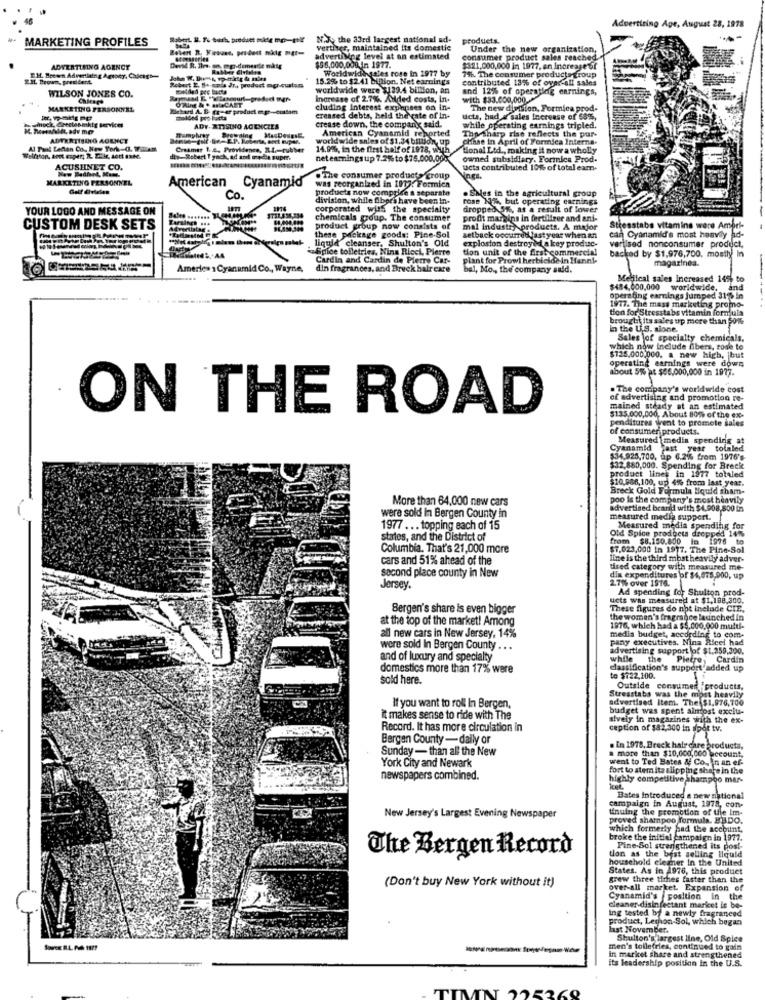
Advertising Age, August 28, 1978
# MARKETING PROFILES
N.J. the 33rd largest national ad-
products.
vertier, maintained its domestic
Under the new organization,
advertising level at an estimated
consumer product sales reached
ADVERTISING AGENCY
$5 5,000,000 In 1977.
Worldwide sales rose in 1977 by
$321,000,000 in 1977, en Inoreage 6f
E.IL Brown, president.
E.H. Brewen Advertising Agtony, Cadens'-
15.2% to $2.41 billion. Net earnings
7%. The consumer products group
contributed 13% of ovne-all sales
WILSON JONES CO.
worldwide were $139.4 billion, an
and 12% of operating earnings,
Increase of 2.7%. Alded costs, in.
with $33.000,000
MARKETING PERSONNEL
Richard A. B. fr-er product @ pr -- cuttam
cluding Interest exphases on in-
The new division, Formica prod-
creased debts, held the rate of In-
crease down, the company said.
ucts, had a sales increase of 68%,
inoch, @rectosmkig services
ADY. RTISING ACENCZES
American Cyanamid reported
Tho sharp rise reflects the pur-
while operating earnings tripled.
ADVERTISING AGENCY
worldwide sales of $1,34 billion, up
chise in April of Formica Interna-
Al Pal Letton Co ., New York-G. ViAM
Creamer 1. 2. Providence, ILL .- rubber
14.01%, in the first half of 1978, with
tional Ltd ., making it now a wholly
die-Robert I yach, ad and gredie super.
net earnings up 7.2%% to $75,000,00g
owned subsidiary. Formica Prod-
ACUSHNET CO.
ucts contributed 10% of total eam-
MARKETING PERSONNEL
American
Cyanamid
.The consumer products group
nez.
Golf Evieles
was reorganized in 1077: Formica
products now compplee a separate
. Shes in the agricultural group
Co.
division, while fibers have been in-
rose 1%, but operating earnings
YOUR LOGO AND MESSAGE ON
corporated with the specialty
dropped 5%, as a result of lower
chemicals group. The consumer
profit margins in fertilizer and ant-
CUSTOM DESK SETS
product group now consists of
mal industry products. A major
Stresstabs vitamins were Ambri-
these package goods: Pine-Sol
liquid cleanser, Shulton's Old
explosion destroyed a key produc-
setback oocurti last year when an
can Cyanamid's most heavily ad-
vartised nonconsumer product,
Spice toiletries, Nina Ricci, Pierre
tion unit of the firstcommercial
backed by $1,976,700, mostly In
Cardin and Cardin de Pierro Car-
plant for Prowl herbicida in Hanni-
magazines.
America 1 Cyanamid Co ., Wayne,
din fragrances, and Bruck hair care
bal, Mo ., the company sald.
Meliical sales Increased 145 to
$484,000,000 worldwide, and
operating earnings jumped 31% in
tion for Stresstabs vitamin formula
1917. The mass marketing promo-
brought its sales up more than 50%
in the U.S. sione.
Sales jof specialty chemicals.
which now include fibers, rose to
$125,000,000, a new high, but
operating earnings were down
about 5% at $56,000,000 in 1977.
. The company's worldwide cost
of advertising and promotion re-
ON THE ROAD
mained steady at an estimated
penditures went to promote sales
$135,000,000, About 80% of the ex-
of consumer products.
Measured media spending at
Cyanamid last year totaled
$34.925,700, up 6.2% from 1976's-
$32,880,000. Spending for Breck
product lines in 1977 totaled
$10,886,100, up) 4% from last year.
Breck Gold Formula Iquid sham-
More than 64,000 new cars
poo is the company's most heavily
were sold In Bergen County in
advertised brand with $4.908,800 in
measured media support.
1977 ... topping each of 15
Old Spice products dropped 14%
Measured media spending for
states, and the District of
from $8.150.800 In 1976 to
Columbia. That's 21,000 more
$7.023,000 In 1977. The Pine-Sol
cars and 51% ahead of the
line is the third most heavily ad ver-
tised category with measured me-
second place county in New
2.7% over 1976.
din expenditures of $4,975,000, up
Jersey.
Ad spending for Shulton prod-
ucts was measured at $1,188,300.
Bergen's share is even bigger
These figures do not include CIE,
at the top of the market! Among
the women's fragrance launched in
1976, which had a $5,000,000 multi-
all new cars in New Jersey, 14%
medis budget, according to com-
pany executives. Nina Ricel had
were sold In Bergen County . . .
advertising support lof $1.259,300.
and of luxury and specialty
while
the Pietre
Cardin
domestics more than 17% were
classification's support added up
sold here.
to $722,100.
Outside consumer products.
Stresstabs was the most heavily
advertised Item. The $1,976,700
If you want to roll In Bergen,
budget was spent almost exclu-
it makes sense to ride with The
alvely in magazines with the ex-
Record. It has more circulation in
ception of $82,300 in spot tv.
Bergen County-daily or
Sunday - than all the New
a more than $10,000,000 becount,
. in 1978, Breck hair care products
York City and Newark
went to Ted Bates & Co. In an ef-
fort to stem ita slipping share in the
newspapers combined.
highly competitive shampoo mar-
Bates Introduced a new national
campaign in August, 1978, con-
Minuing the promotion of the Im-
New Jersey's Largest Evening Newspaper
proved shampoo formula. EBDO.
which formerly had the account,
broke the initial campaign in 1977.
tion as the best selling liquid
Pine-Sol strengthened its post-
The Bergen Record
household cleaner in the United
States. As in 1976, this product
grew three tithes faster than the
(Don't buy New York without it)
over-all market. Expansion of
Cyanamid's position in the
ing tested by a newly fragranced
cleaner disinfectant maricet is be-
product, Lechon-Sol, which began
last November.
Shulton's largest line, Old Spice
men's tollefries, continued to gain
in market share and strengthened
its leadership position in the U.S.
TIMN 225369